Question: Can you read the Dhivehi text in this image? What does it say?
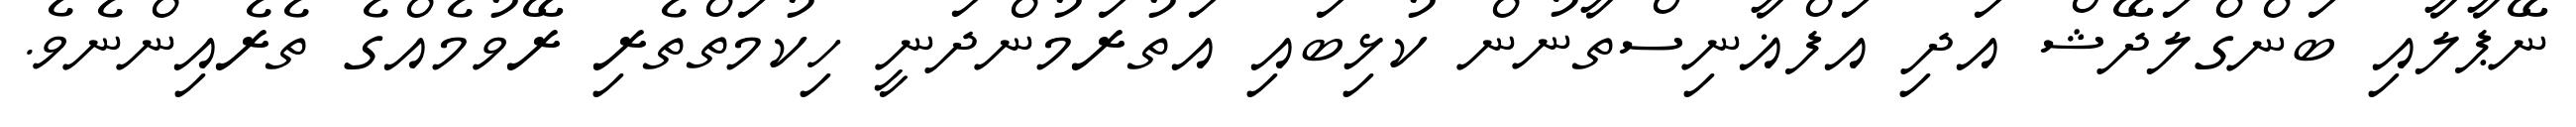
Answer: ނޭޕާލާއި ބަންގްލަދޭޝް އަދި އަފްޣާނިސްތާނުން ކުޅިބައި އަތުރަމުންދަނީ ހިކުމަތްތެރި ރޭވުމެއްގެ ތެރެއިންނެވެ.